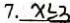
7 . x \leq 3